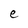
Character: e